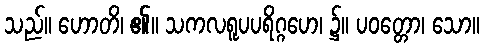
သည်။ ဟောတိ၊ ၏။ သကလရူပပရိဂ္ဂဟေ၊ ၌။ ပဝတ္တော၊ သော။